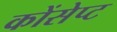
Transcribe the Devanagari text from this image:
कोंसेप्ट